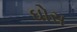
ઘોસ